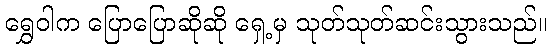
ရွှေဝါက ပြောပြောဆိုဆို ရှေ့မှ သုတ်သုတ်ဆင်းသွားသည်။